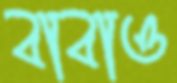
বাবাও